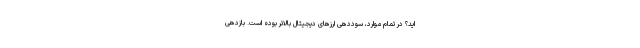
اید؟ در تمام موارد، سوددهی ارزهای دیجیتال بالاتر بوده است. بازدهی